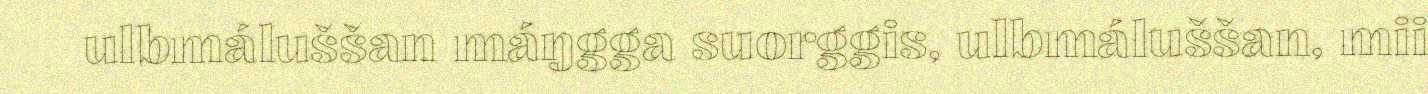
ulbmáluššan máŋgga suorggis, ulbmáluššan, mii